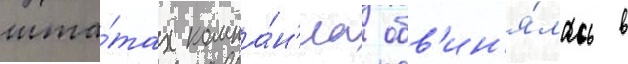
шта́тах компа́н'иа обв'ин'я́лась в